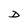
Character: D